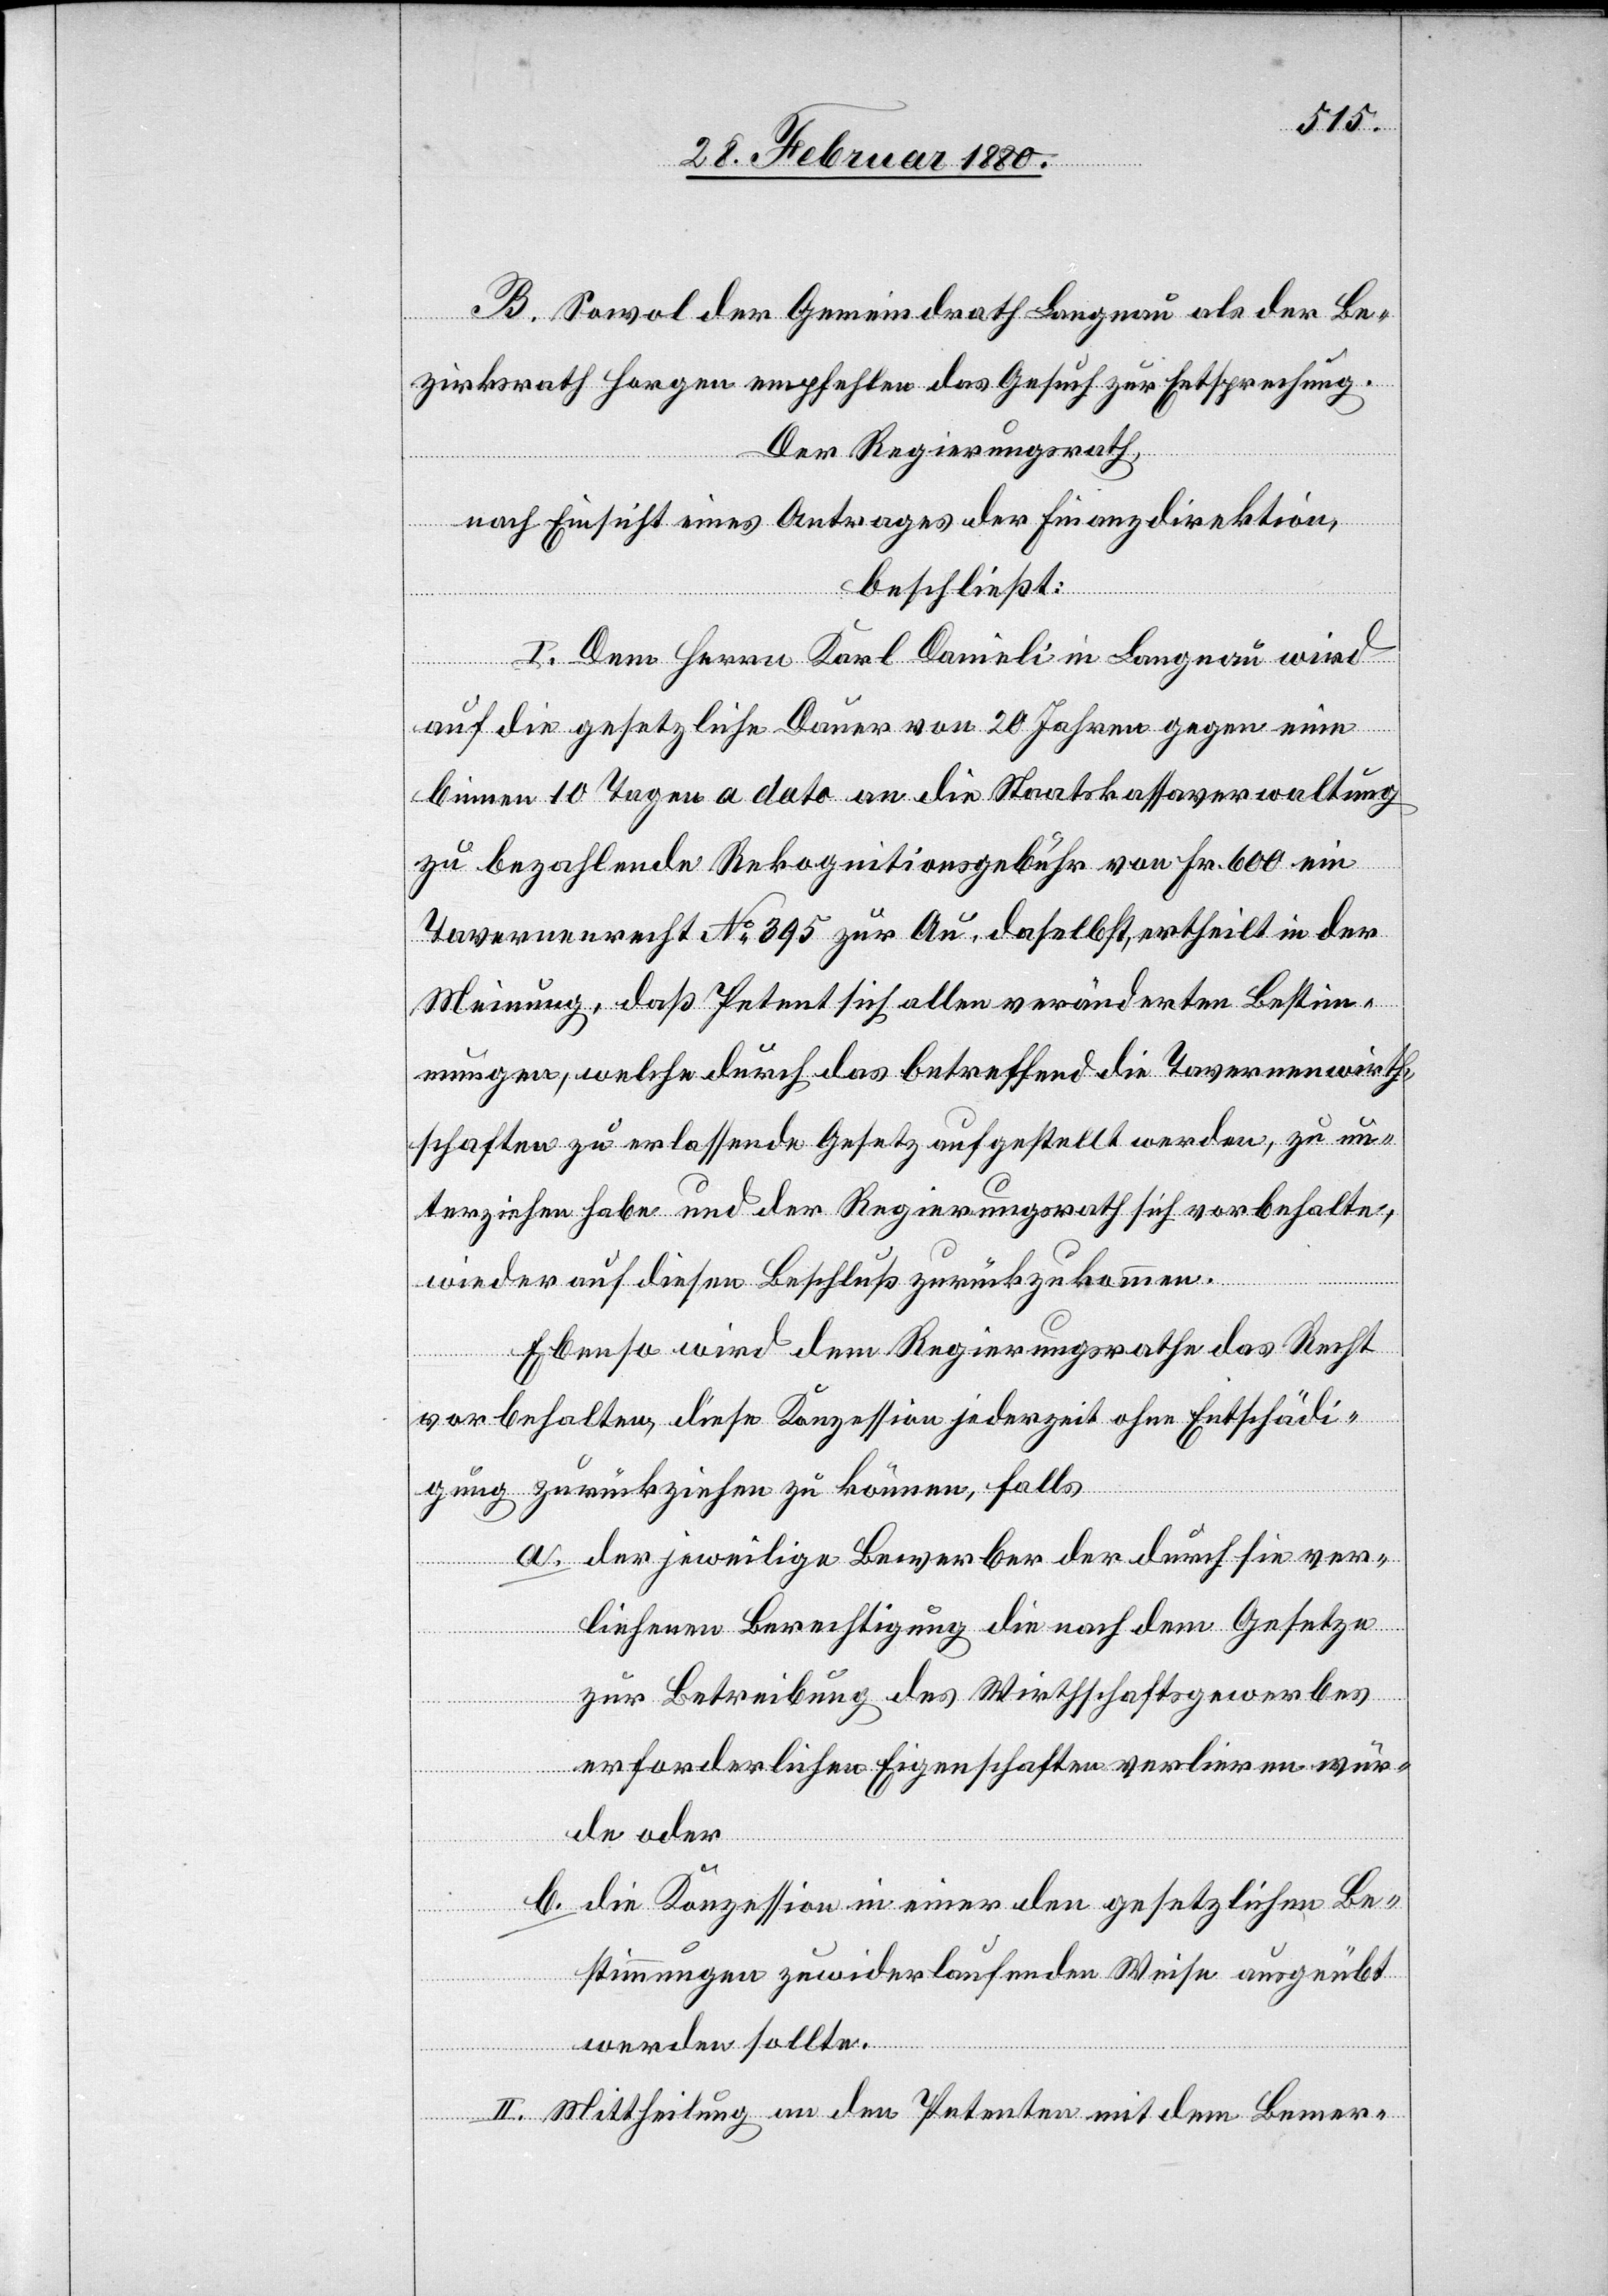
B. Sowohl der Gemeindrath Langnau als der Be¬
zirksrath Horgen empfehlen das Gesuch zur Entsprechung.
Der Regierungsrath,
nach Einsicht eines Antrages der Finanzdirektion,
beschließt:
I. Dem Herrn Karl Danieli in Langnau wird
auf die gesetzliche Dauer von 20 Jahren gegen eine
binnen 10 Tagen a dato an die Staatskassaverwaltung
zu bezahlende Rekognitionsgebühr von Fr. 600 ein
Tavernenrecht No 395 zur Au, daselbst, ertheilt in der
Meinung, daß Petent sich allen veränderten Bestim¬
mungen, welche durch das betreffend die Tavernenwirth¬
schaften zu erlassende Gesetz aufgestellt werden, zu un¬
terziehen habe und der Regierungsrath sich vorbehalte,
wieder auf diesen Beschluß zurückzukommen.
Ebenso wird dem Regierungsrathe das Recht
vorbehalten, diese Konzession jederzeit ohne Entschädi¬
gung zurückziehen zu können, falls
der jeweilige Bewerber der durch sie ver¬
liehenen Berechtigung die nach dem Gesetze
zur Betreibung des Wirthschaftsgewerbes
erforderlichen Eigenschaften verlieren wür¬
de oder
b.
die Konzession in einer den gesetzlichen Be¬
stimmungen zuwiderlaufenden Weise ausgeübt
werden sollte.
II. Mittheilung an den Petenten mit dem Bemer-